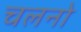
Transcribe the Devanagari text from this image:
चलनो